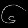
Digit: ၆